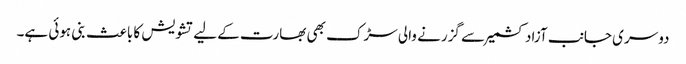
دوسری جانب آزاد کشمیر سے گزرنے والی سڑک بھی بھارت کے لیے تشویش کا باعث بنی ہوئی ہے۔